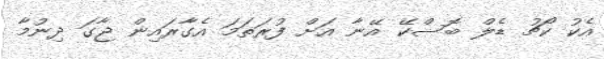
އެކު ކޯޗު ޑެލް ބޮސްކޭ އޭނާ އަށް ފުރަތަމަ އެގާރައިން ޖާގަ ދިނުމާ